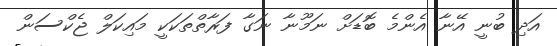
އަދި ބުނީ އޭނާ އެންމެ ބޮޑަށް ނަމޫނާ ނަގާ ފަރާތްތަކަކީ މައިކަލް ޖެކްސަން